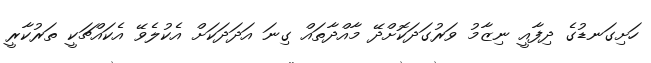
ހަށިގަނޑުގެ ދިފާއީ ނިޒާމު ވަރުގަދަކޮށްދޭ މާއްދާތައް ގިނަ އަދަދަކަށް އެކުލެވޭ އެކައްޗަކީ ތަރުކާރީ